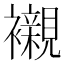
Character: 襯